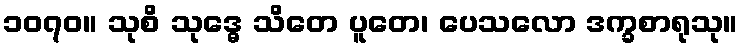
၁၀၇၀။ သုစိ သုဒ္ဓေ သိတေ ပူတေ၊ ပေသလော ဒက္ခစာရုသု။